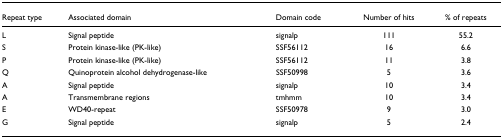
<table><thead><tr><td><b>Repeat type</b></td><td><b>Associated domain</b></td><td><b>Domain code</b></td><td><b>Number of hits</b></td><td><b>% of repeats</b></td></tr></thead><tbody><tr><td>L</td><td>Signal peptide</td><td>signalp</td><td>111</td><td>55.2</td></tr><tr><td>S</td><td>Protein kinase-like (PK-like)</td><td>SSF56112</td><td>16</td><td>6.6</td></tr><tr><td>P</td><td>Protein kinase-like (PK-like)</td><td>SSF56112</td><td>11</td><td>3.8</td></tr><tr><td>Q</td><td>Quinoprotein alcohol dehydrogenase-like</td><td>SSF50998</td><td>5</td><td>3.6</td></tr><tr><td>A</td><td>Signal peptide</td><td>signalp</td><td>10</td><td>3.4</td></tr><tr><td>A</td><td>Transmembrane regions</td><td>tmhmm</td><td>10</td><td>3.4</td></tr><tr><td>E</td><td>WD40-repeat</td><td>SSF50978</td><td>9</td><td>3.0</td></tr><tr><td>G</td><td>Signal peptide</td><td>signalp</td><td>5</td><td>2.4</td></tr></tbody></table>